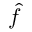
\hat { f }